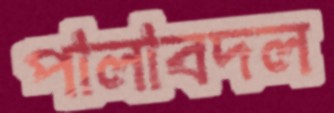
পালাবদল